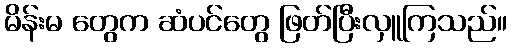
မိန်းမ တွေက ဆံပင်တွေ ဖြတ်ပြီးလှူကြသည်။